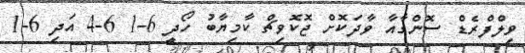
ވިލްފްރެޑް ސޮންގާއާ ވާދަކޮށް ޖޮކޮވިޗް ކާމިޔާބު ހޯދީ 6-1 6-4 އަދި 6-1